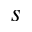
s